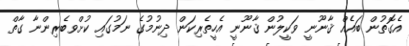
އެގޮތުން ބައެއް ޤާނޫނީ ވަކީލުން ޤާނޫނީ އެހީތެރިކަން ދިނުމުގެ ނަމުގައި ކުށްވބެރިންނާ ގާތް